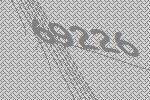
69226